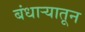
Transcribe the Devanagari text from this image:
बंधाऱ्यातून